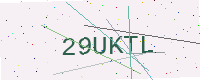
Text: 29UKTL